Indian Civil Veterinary Department memoirs
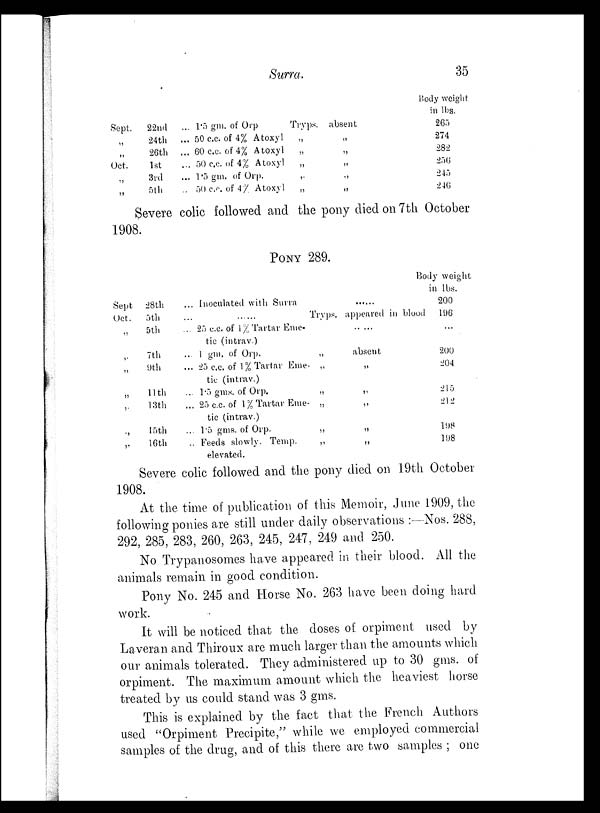
Surra.
35
Sept.
„
„
Oct.
„
„
22nd
24th
26th
1st
3rd
5th
... 1.5 gm. of Orp
... 50 c.c. of 4% Atoxyl
... 60 c.c. of 4% Atoxyl
... 50 c.c. of 4% Atoxyl
... 1.5 gm. of Orp.
... 50 c.c. of 4% Atoxyl
Tryps.
„
„
„
„
„
absent
„
„
„
„
„
Body weight
in lbs.
265
274
282
256
245
246
Severe colic followed and the pony died on 7th October
1908.
PONY 289.
Sept
Oct.
„
......
„
„
„
„
„
28th
5th
5th
7th
9th
11th
13th
15th
16th
... Inoculated with Surra
... ......
... 25 c.c. of 1% Tartar Eme-
tic (intrav.)
... 1 gm. of Orp.
... 25 c.c. of 1% Tartar Eme-
tic (intrav.)
... 1.5 gms. of Orp.
... 25 c.c. of 1% Tartar Eme-
tic (intrav.)
... 1.5 gms. of Orp.
.. Feeds slowly. Temp.
elevated.
Tryps.
„
„
„
„
„
„
......
appeared in blood
......
absent
„
„
„
„
„
Body weight
in lbs.
200
196
...
200
204
215
212
198
198
Severe colic followed and the pony died on 19th October
1908.
At the time of publication of this Memoir, June 1909, the
following ponies are still under daily observations :—Nos. 288,
292, 285, 283, 260, 263, 245, 247, 249 and 250.
No Trypanosomes have appeared in their blood. All the
animals remain in good condition.
Pony No. 245 and Horse No. 263 have been doing hard
work.
It will be noticed that the doses of orpiment used by
Laveran and Thiroux are much larger than the amounts which
our animals tolerated. They administered up to 30 gms. of
orpiment. The maximum amount which the heaviest horse
treated by us could stand was 3 gms.
This is explained by the fact that the French Authors
used "Orpiment Precipite," while we employed commercial
samples of the drug, and of this there are two samples ; one